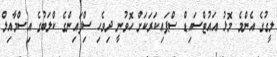
ލީގުގެ އެންމެ މޮޅު އައުޓްސައިޑް ސްޕައިކަރަކަށް ހޮވުނީ ދިވެހި ސްިފައިންގެ ކްލަބުގެ އިސްމާއިލް